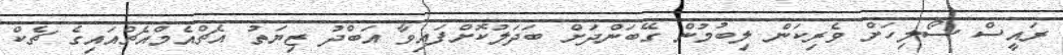
ރައީސް ސޯލިހަށް ވެރިކަން ލިބުމުން ގޭބަންދަށް ބަދަލުކޮށްފައިވާ އަބްދު ޒިޔަތު އެޗްއެމްއެޗްއައިގެ ޗެކް